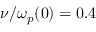
\nu / \omega _ { p } ( 0 ) = 0 . 4